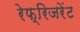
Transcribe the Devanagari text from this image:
रेफ्रिजरेंट